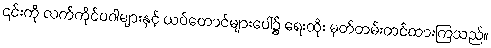
၎င်းကို လက်ကိုင်ပဝါများနှင့် ယပ်တောင်များပေါ်၌ ရေးထိုး မှတ်တမ်းတင်ထားကြသည်။